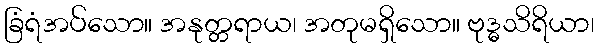
ခြံရံအပ်သော။ အနုတ္တရာယ၊ အတုမရှိသော။ ဗုဒ္ဓသိရိယာ၊